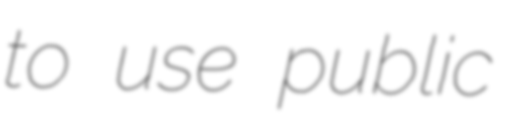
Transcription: to use public